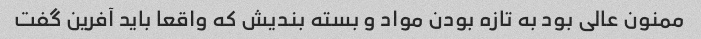
ممنون عالی بود به تازه بودن مواد و بسته بندیش که واقعا باید آفرین گفت